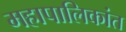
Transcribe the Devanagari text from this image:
महापालिकांत